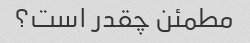
مطمئن چقدر است؟